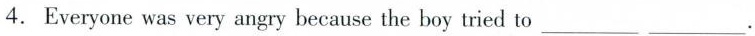
4. Everyone was very angry because the boy tried to___ ___.